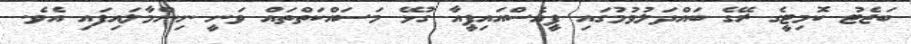
ބަޖެޓު ކޮމިޓީގެ ރޭގެ ބައްދަލުވުމުގައި ޕީއެސްއައިޕީއާ ގުޅޭ މަސައްކަތްތައް ވަނީ ނިންމާލައިފައި އެވެ.